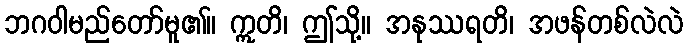
ဘဂဝါမည်တော်မူ၏။ ဣတိ၊ ဤသို့။ အနုဿရတိ၊ အဖန်တစ်လဲလဲ